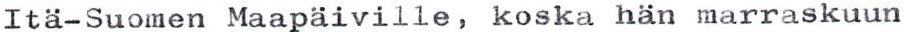
Ita-Suomen Maapäiville, koska hän marraskuun